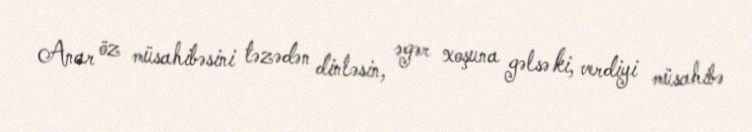
Anar öz müsahibəsini təzədən dinləsin, əgər xoşuna gəlsə ki, verdiyi müsahibə